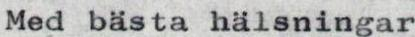
Med bästa hälsningar